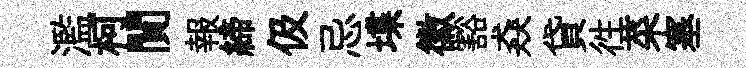
濫柯閴報締伋忌堞徽豁猋貸徃菜塞